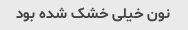
نون خیلی خشک شده بود